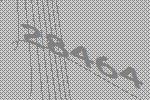
28464